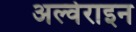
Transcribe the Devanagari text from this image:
अल्वेराइन